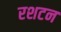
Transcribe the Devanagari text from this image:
रशटन